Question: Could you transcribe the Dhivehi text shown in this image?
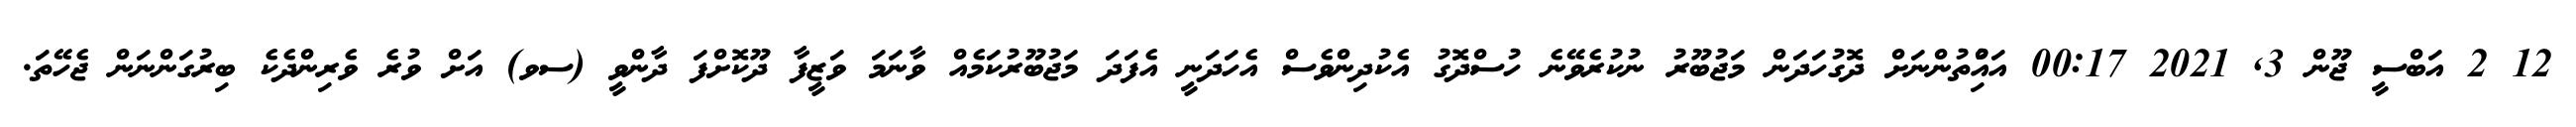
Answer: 12 2 އަބްސީ ޖޫން 3, 2021 00:17 އައްުިތުންނަށް ދޮގުހަދަން މަޖުބޫރު ނުކުރެވޭނެ ހުސްދޮގު އެކުދިންވެސް އެހަދަނީ އެފަދަ މަޖުބޫރުކަމެއް ވާނަމަ ވަޒީފާ ދޫކޮށްފަ ދާންވީ (ސވ) އަށް ވުރެ ވެރިންދެކެ ބިރުގަންނަން ޖެހޭތަ.